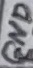
Text: GND